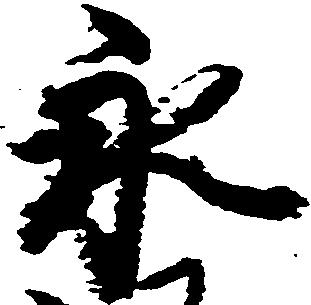
永